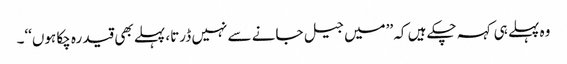
وہ پہلے ہی کہہ چکے ہیں کہ ’’میں جیل جانے سے نہیں ڈرتا، پہلے بھی قید رہ چکا ہوں‘‘۔